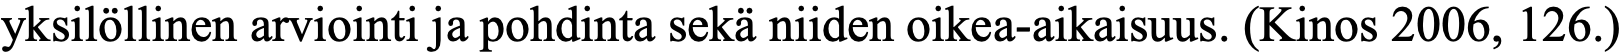
yksilöllinen arviointi ja pohdinta sekä niiden oikea-aikaisuus. (Kinos 2006, 126.)